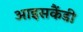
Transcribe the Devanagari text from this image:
आइसकैंडी